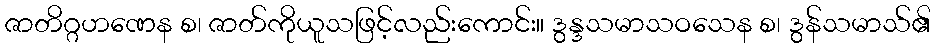
ဇာတိဂ္ဂဟဏေန စ၊ ဇာတ်ကိုယူသဖြင့်လည်းကောင်း။ ဒွန္ဒသမာသဝသေန စ၊ ဒွန်သမာသ်၏